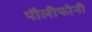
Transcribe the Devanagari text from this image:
पौलीफोनी